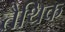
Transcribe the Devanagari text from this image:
तैथिक